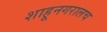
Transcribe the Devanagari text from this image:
शाहूनगरालच